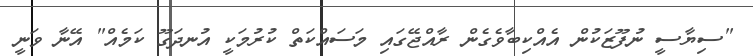
"ސިޔާސީ ނުފޫޒަކުން އެއްކިބާވެގެން ރާއްޖޭގައި މަސައްކަތް ކުރުމަކީ އުނދަގޫ ކަމެއް" އޭނާ ވަނީ